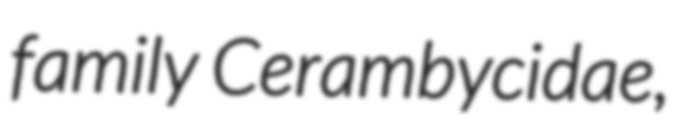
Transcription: family Cerambycidae,